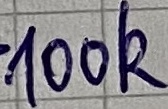
Text: 100K